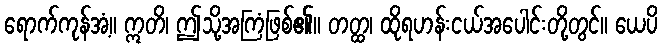
ရောက်ကုန်အံ့။ ဣတိ၊ ဤသို့အကြံဖြစ်၏။ တတ္ထ၊ ထိုရဟန်းငယ်အပေါင်းတို့တွင်။ ယေပိ